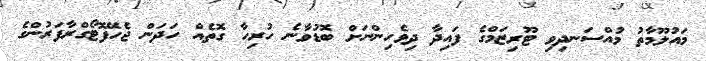
މައުލޫމާތު މުއްސަނދިވި ޓޫރިޒަމްގެ ފައިދާ ދިވެހިންނަށް ބޮޑުވާނެ ހުރިހާ ގޮތެއް ހަދަން ޖެހޭފޮޓޯގްރާފަރުންގެ